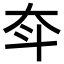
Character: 𡗴